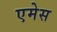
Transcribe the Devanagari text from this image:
एमेस